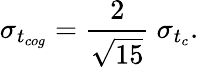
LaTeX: \sigma_{t_{cog}}=\frac{2}{\sqrt{15}}~\sigma_{t_{c}}.